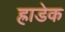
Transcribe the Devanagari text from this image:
ह्राडेक